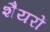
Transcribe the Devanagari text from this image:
शैयरों